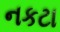
નકટા